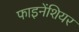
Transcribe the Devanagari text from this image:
फाइनेंशियर